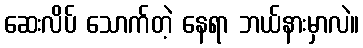
ဆေးလိပ် သောက်တဲ့ နေရာ ဘယ်နားမှာလဲ။